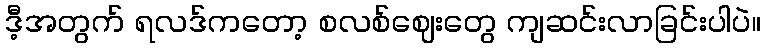
ဒီ့အတွက် ရလဒ်ကတော့ စလစ်ဈေးတွေ ကျဆင်းလာခြင်းပါပဲ။